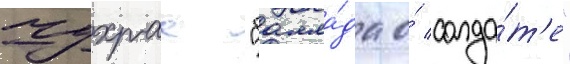
чухраа "балла́да о́ солда́т'е"